Statistical return of the lunatic asylum in Assam - 1912-1932
Year: 1912
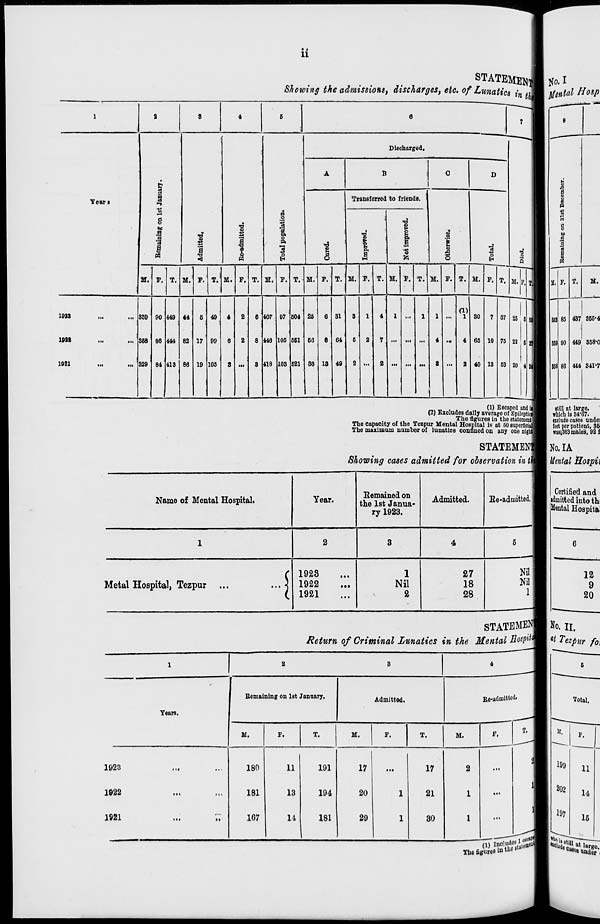
ii
STATEMEJ NO. I
Showing the admissions, discharges, etc. of Lunatics html }/U^i al Hosp
1
2
s
4
Remaining on 1st January.
Admitted.
Bo-adm
Years.
H.
F.
T.
M.
F.
T.
M.
F.
1923
<••
...
180
11
191
17
...
17
2
...
1922
tn
■>•
181
13
194
20
1
21
1
...
1921
in
i>
167
14
181
1
29
1
30
1
...
T.
1
a
8
4
6
6
7
6
!
D
(
1
1
Discharged.
A
B
0
f
u
1
Yean
B
a
ft
a
a o
Transferred to friende .
0
H
19
.
t»
•a 9
1
>
_
d
0
1
1
1
1
B, o
Pi
*3
"i E
T3
P.
B
1
|
}j
•a
u
1
1
1
H
o
5
S
fe
O
o
s
M. p. r. 1
s
M. F. T. M. J E. T. 1 M. F. T. M. F. T. M. F. T. M. F. T. M. P. T. M. F. T. M. F. T.
a. p. T. M.
(1)
1923
359 90 449 44
6 49
4
2
0 407 97 504 25
6 81
8
1
4
1
1
1 •■•
1 80
7 87 25 5
353 85 437 356*4
192*
368 66 444 82 17 99
6
2
8 446 105 551 66
8 64
6
2
7 ... ... ...
4 ..
4 65 10 75 22 6
859 90 449 358-0
1921
329 64 413 86 19 105
S ...
8 418 103 521 86 18 49
2 ...
2
■••
...
2
1
...
2 40 13 53 20 i
358 86 414 341-7
«« « i * * „
W Escaped and ii 1
(till at large.
"i« ! which is 84-67.
(2) Excludes daily average of Epilepti
.m.
ix_ m **. m
.» i. ££ e n S ul ' es la tne BtatementBBI exclude caseB undei
The capacity of the Tozpur Mental Hospital in at 50 superficialH feet nor patient. 3&
The maximum number of lunatics confined on any one nig it]
msi363 males. 92 f
STATEMEN 11 No. IA
Showing cases admitted for observation in i ilfl Mental Hospii
Name of Mental Hospital.
Year.
Remained on
the 1st Janua-
ry 1923.
Admitted.
He-admitted
Certified and
admitted into th
Mental Hospita
1
2
3
4
5
6
( 1923
1
27
Nil
12
Metal Hos pital, Tezpur ...
... ] 1922
Nil
18
Nil
1 1
9
L 1921
2
28
20
STATEMENT No. H.
Return of Criminal Lunatics in the Mental Eosp^^m at Tezpur fo,
K
199
202
197
Total.
F,
11
14
16
The figures i» m "
g
'^a under.